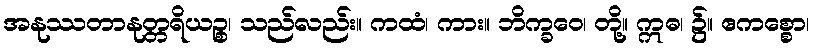
အနုဿတာနုတ္တရိယဉ္စ၊ သည်လည်း။ ကထံ၊ ကား။ ဘိက္ခဝေ၊ တို့။ ဣဓ၊ ၌။ ဧကစ္စော၊